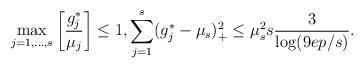
LaTeX: \begin{align*} \max_{j=1,...,s}\left[\frac{g_j^*}{\mu_j}\right]\le 1, \sum_{j=1}^s (g_j^* - \mu_{s})_+^2 \le \mu_s^2 s \frac{3}{\log(9ep/s)}. \end{align*}